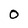
Character: O